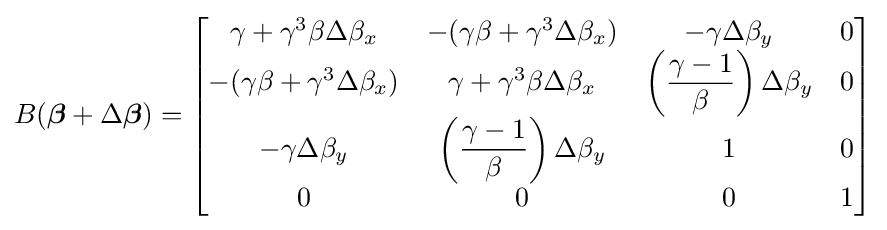
B({\boldsymbol {\beta }}+\Delta {\boldsymbol {\beta }})={\begin{bmatrix}\gamma +\gamma ^{3}\beta \Delta \beta _{x}&-(\gamma \beta +\gamma ^{3}\Delta \beta _{x})&-\gamma \Delta \beta _{y}&0\\-(\gamma \beta +\gamma ^{3}\Delta \beta _{x})&\gamma +\gamma ^{3}\beta \Delta \beta _{x}&\left({\dfrac {\gamma -1}{\beta }}\right)\Delta \beta _{y}&0\\-\gamma \Delta \beta _{y}&\left({\dfrac {\gamma -1}{\beta }}\right)\Delta \beta _{y}&1&0\\0&0&0&1\end{bmatrix}}